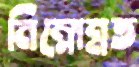
নিম্নোন্নত